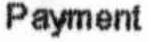
PAYMENT